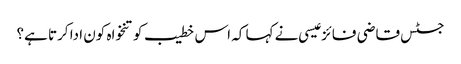
جسٹس قاضی فائز عیسی نے کہا کہ اس خطیب کو تنخواہ کون ادا کرتا ہے؟